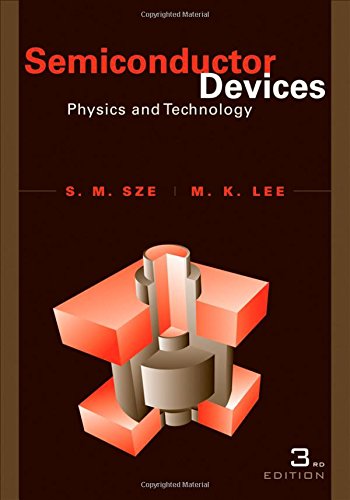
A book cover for Semiconductor Devices: Physics and Technology; Simon M. Sze; Science & Math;